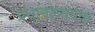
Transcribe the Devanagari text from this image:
प्रधानाध्यपक